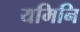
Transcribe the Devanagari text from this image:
यमिनि